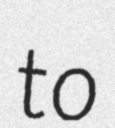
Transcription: to